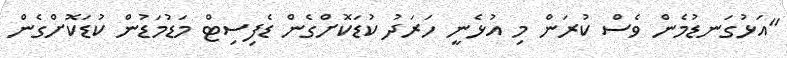
"އަޅުގަނޑުމެން ވެސް ކުރަން މި އުޅެނީ ހަރަދު ކުޑަކޮށްގެން ޑެފިސިޓް މަޑުމަޑުން ކުޑަކޮށްގެން